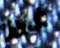
غير